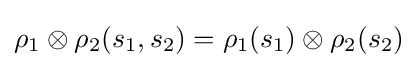
\rho _{1}\otimes \rho _{2}(s_{1},s_{2})=\rho _{1}(s_{1})\otimes \rho _{2}(s_{2})